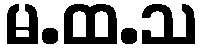
မ.ထ.သ